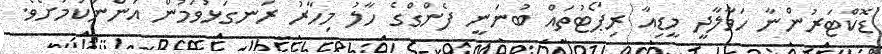
ޑޮކްޓަރުންނާ ހަވާލާދީ މީޑިއާ ރިޕޯޓުތައް ބުނަނީ ފެންގްގެ ހާލު މިހާރު ރަނގަޅުވަމުން އަންނަކަމަށެވެ.